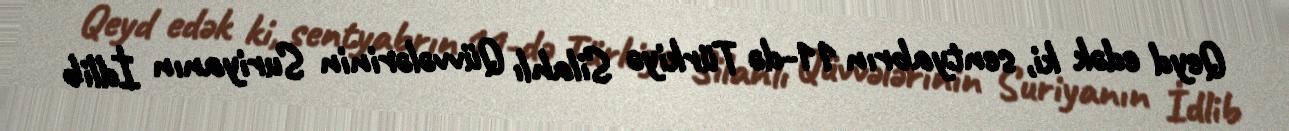
Qeyd edək ki, sentyabrın 11-də Türkiyə Silahlı Qüvvələrinin Suriyanın İdlib